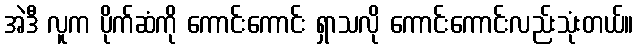
အဲဒီ လူက ပိုက်ဆံကို ကောင်းကောင်း ရှာသလို ကောင်းကောင်းလည်းသုံးတယ်။